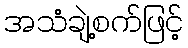
အသံချဲ့စက်ဖြင့်